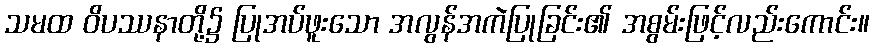
သမထ ဝိပဿနာတို့၌ ပြုအပ်ဖူးသော အလွန်အကဲပြုခြင်း၏ အစွမ်းဖြင့်လည်းကောင်း။